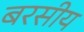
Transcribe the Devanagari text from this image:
बरसीय